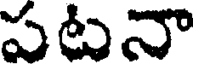
పటనా